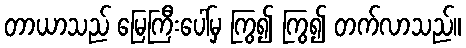
တာယာသည် မြေကြီးပေါ်မှ ကြွ၍ ကြွ၍ တက်လာသည်။